Observations on rabies - Number 36
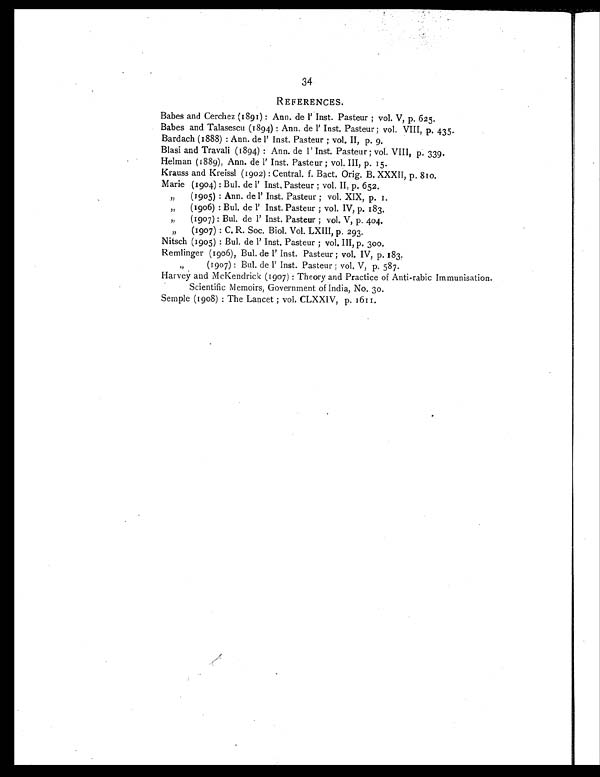
34
REFERENCES.
Babes and Cerchez (1891): Ann. de l' Inst. Pasteur; vol. V, p. 625.
Babes and Talasescu (1894): Ann. de l' Inst. Pasteur; vol. VIII, p. 435.
Bardach (1888): Ann. de l' Inst. Pasteur; vol. II, p. 9.
Blasi and Travali (1894): Ann. de l' Inst. Pasteur; vol. VIII, p. 339.
Helman (1889), Ann. de l' Inst. Pasteur; vol. III, p. 15.
Krauss and Kreissl (1902): Central. f. Bact. Orig. B. XXXII, p. 810.
Marie (1904): Bul. de l' Inst. Pasteur; vol. II, p. 652.
„
(1905): Ann. de l' Inst. Pasteur; vol. XIX, p. 1.
„
(1906): Bul. de l' Inst. Pasteur; vol. IV, p. 183.
„
(1907): Bul. de l' Inst. Pasteur; vol. V, p. 404.
(1907): C. R. Soc. Biol. Vol. LXIII, p. 293.
Nitsch (1905): Bul. de l' Inst. Pasteur; vol. III, p. 300.
Remlinger (1906), Bul. de l' Inst. Pasteur; vol. IV, p. 183.
(1907): Bul. de l' Inst. Pasteur; vol. V, p. 587.
Harvey and McKendrick (1907): Theory and Practice of Anti-rabic Immunisation.
Scientific Memoirs, Government of India, No. 30.
Semple (1908): The Lancet; vol. CLXXIV, p. 1611.